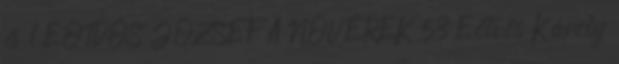
és 1 EÖTVÖS JÓZSEF A NŐVÉREK 53 Eötvös Károly